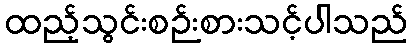
ထည့်သွင်းစဉ်းစားသင့်ပါသည်